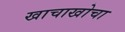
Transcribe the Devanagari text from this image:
खाचाखोचा